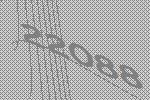
22088